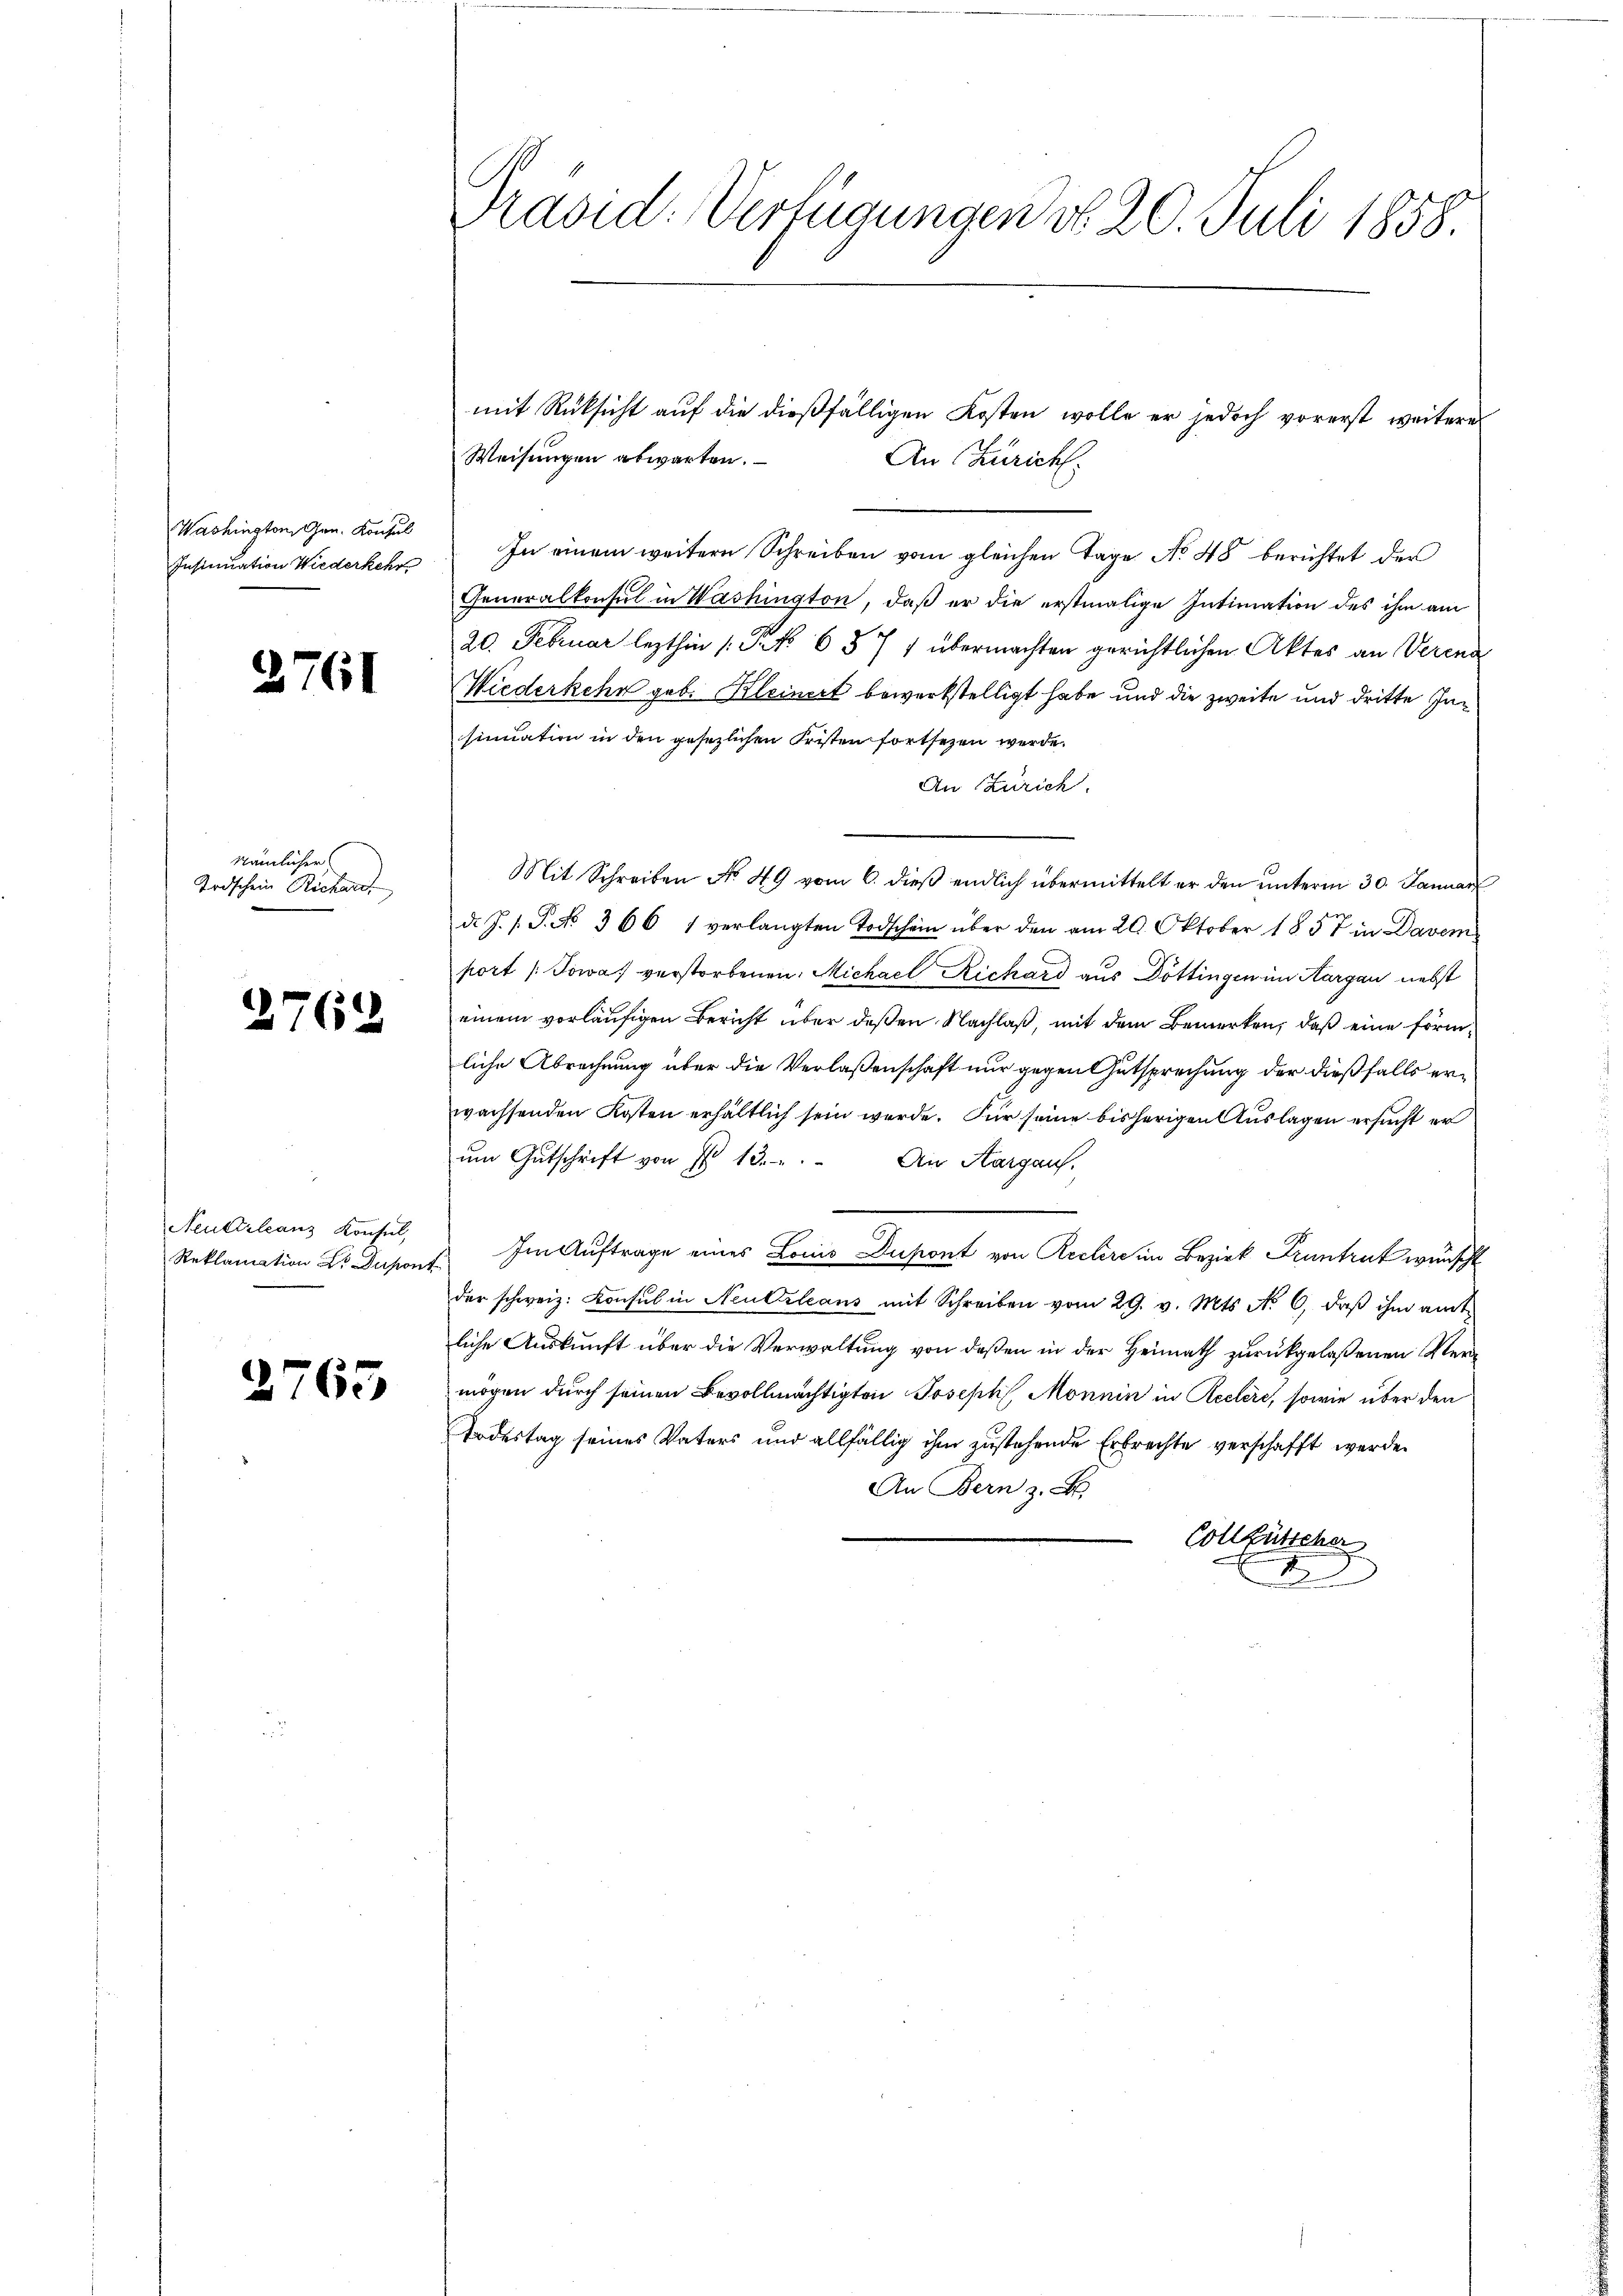
Washington Gen. Konsul
Insinuation Wiederkehr

2761

nämlicher
Todschein Richard,

2769

Neukirleanz Konsul,
Reklamation Sr Dupons

2765

Präsid. Verfügungen d. 20. Juli 1858.

Weisungen abwarten.
In einem weitern Schreiben vom gleichen Tage No 48 berichtet der
Generalkonsul in Washington, daß er die erstmalige Intimation des ihm am
20. Februar lezthin /: No 657 1 übermachten gerichtlichen Aktes an Verenz
Wiederkehr geb. Kleinert bewerkstelligt habe und die zweite und dritte Insinuation in den gesezlichen Fristen fortsetzen werde.
An Zürich.
Mit Schreiben No 49 vom 6. dieβ endlich übermittelt er den ŭnterm 30. Januar
d. J. J. J. No 366 1 verlangten Todschein über den am 20. Oktober 1857 in Davem
port /:Jowas verstorbenen Michael Richard aus Döttingen im Aargau nebst
einem vorläufigen Bericht über deßen Nachlaß, mit dem Bemerken, daß eine förmliche Abrechnung über die Verlaßenschaft nur gegen Gutsprechung der dießfalls erwachsenden Kosten erhältlich sein werde. Für seine bisherigen Auslagen ersucht er
ŭm Gutschrift von No 13. An Aargauf
Im Auftrage eines Lois Dupont von Rechere im Bezirk Pruntrut wünscht
der schweiz. Konsul in Neutrleans mit Schreiben vom 29. v. Mts. No. 6, daβ ihm amt
liche Auskunft über die Verwaltung von deßen in der Heimath zurückgelassenen Vermögen durch seinen Bevollmächtigten Joseph Monnin in Rechere, sowie über den
Todestag seines Vaters und allfällig ihm zustehende Erbrechte verschafft werde.
An Bern
Collfürcher
8

mit Rücksicht auf die dießfälligen Kosten wolle er jedoch vorerst weiteres
An Zürich.